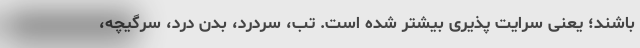
باشند؛ یعنی سرایت پذیری بیشتر شده است. تب، سردرد، بدن درد، سرگیچه،